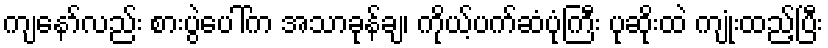
ကျနော်လည်း စားပွဲပေါ်က အသာခုန်ချ၊ ကိုယ့်ပက်ဆံပုံကြီး ပုဆိုးထဲ ကျုံးထည့်ပြီး